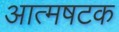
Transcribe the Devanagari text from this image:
आत्मषटक